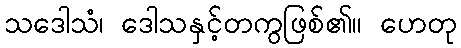
သဒေါသံ၊ ဒေါသနှင့်တကွဖြစ်၏။ ဟေတု